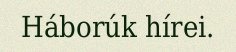
Háborúk hírei.